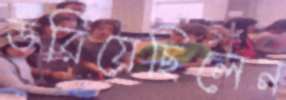
ডরিয়েছিলেন